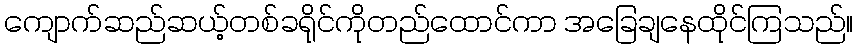
ကျောက်ဆည်ဆယ့်တစ်ခရိုင်ကိုတည်ထောင်ကာ အခြေချနေထိုင်ကြသည်။